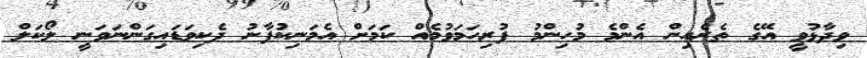
ވިދާޅުވީ އޭގެ ތެރެއިން އެންމެ މުހިންމު ފުރިހަމަވުމެއް ކަމަށް އެމަނިކުފާނު ދެކިވަޑައިގަންނަވަނީ ލޯކަލް